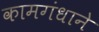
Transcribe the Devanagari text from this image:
कामगंधाने